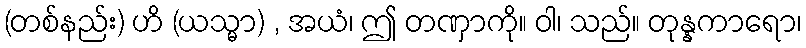
(တစ်နည်း) ဟိ (ယသ္မာ) , အယံ၊ ဤ တဏှာကို။ ဝါ၊ သည်။ တုန္နကာရော၊